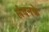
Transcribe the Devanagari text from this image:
लंदनके